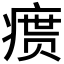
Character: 𪽴